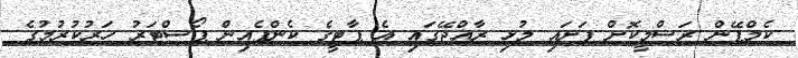
ކެމްޕޭން ރަސްމީކޮށް ފަށައި މުޅި ރާއްޖޭގައި އެ ޕާޓީގެ ކެންޕެއިން ޕޯސްޓަރު ހަރުކުރުމުގެ